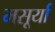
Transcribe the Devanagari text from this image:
मसूर्या